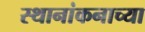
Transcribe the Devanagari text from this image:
स्थानांकनाच्या